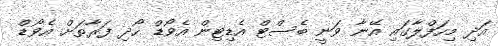
އަދި މިހަފްލާގައި އޭނާ ވަނީ ބެސްޓް އެޑިޓިން އެވޯޑް ހޯދި ފަރާތަށް އެވޯޑް